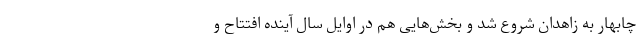
چابهار به زاهدان شروع شد و بخش‌هایی هم در اوایل سال آینده افتتاح و